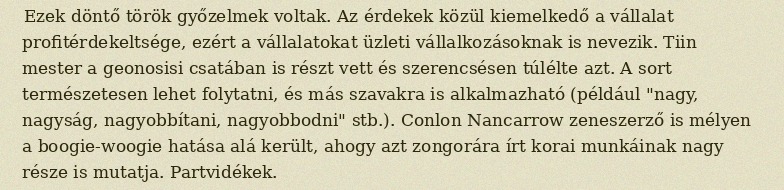
Ezek döntő török győzelmek voltak. Az érdekek közül kiemelkedő a vállalat profitérdekeltsége, ezért a vállalatokat üzleti vállalkozásoknak is nevezik. Tiin mester a geonosisi csatában is részt vett és szerencsésen túlélte azt. A sort természetesen lehet folytatni, és más szavakra is alkalmazható (például "nagy, nagyság, nagyobbítani, nagyobbodni" stb.). Conlon Nancarrow zeneszerző is mélyen a boogie-woogie hatása alá került, ahogy azt zongorára írt korai munkáinak nagy része is mutatja. Partvidékek.